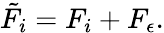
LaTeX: \tilde{F}_{i}=F_{i}+F_{\epsilon}.